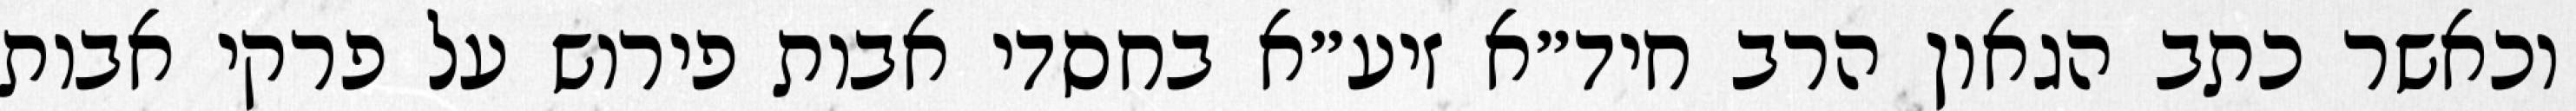
וכאשר כתב הגאון הרב חיד״א זיע״א בחסדי אבות פירוש על פרקי אבות